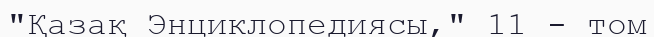
"Қазақ Энциклопедиясы," 11 - том